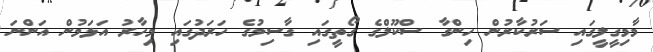
މާމިގީލީގައި ސަރުކާރުން ހިންގާ ސްކޫލްގެ ގޯތީގައި ގާސިމުގެ ހަރަދުގައި މިހާރު އަޅަމުން އަންނަ